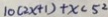
1 0 ( 2 x + 1 ) + x < 5 ^ { 2 }